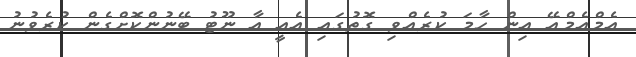
އެމްއެމްއޭ އިން ހާމަ ކުރެއްވި ގޮތުގައި އެއީ އާ ނޫޓު ބޭނުންކޮށްގެން ކުރެވުނު